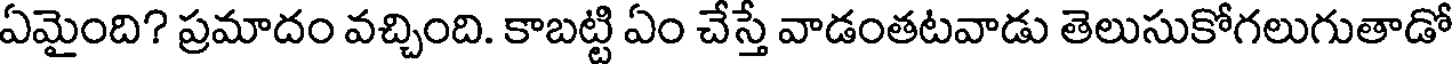
ఏమైంది? ప్రమాదం వచ్చింది. కాబట్టి ఏం చేస్తే వాడంతటవాడు తెలుసుకోగలుగుతాడో